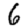
Digit: 6